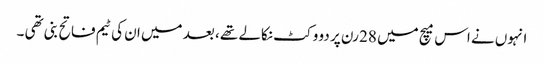
انہوں نے اس میچ میں 28 رن پر دو وکٹ نکالے تھے ، بعد میں ان کی ٹیم فاتح بنی تھی ۔